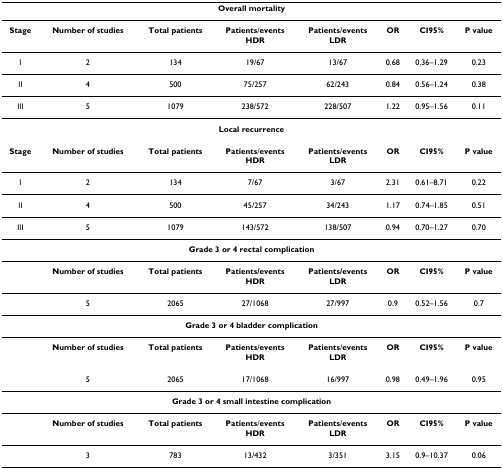
| <COLSPAN=8> Overall mortality |
 | --- | --- | --- | --- | --- | --- | --- | --- |
 | Stage | Number of studies | Total patients | Patients/eventsHDR | Patients/eventsLDR | OR | CI95% | P value |
 | I | 2 | 134 | 19/67 | 13/67 | 0.68 | 0.36–1.29 | 0.23 |
 | II | 4 | 500 | 75/257 | 62/243 | 0.84 | 0.56–1.24 | 0.38 |
 | III | 5 | 1079 | 238/572 | 228/507 | 1.22 | 0.95–1.56 | 0.11 |
 | <COLSPAN=8> Local recurrence |
 | Stage | Number of studies | Total patients | Patients/eventsHDR | Patients/eventsLDR | OR | CI95% | P value |
 | I | 2 | 134 | 7/67 | 3/67 | 2.31 | 0.61–8.71 | 0.22 |
 | II | 4 | 500 | 45/257 | 34/243 | 1.17 | 0.74–1.85 | 0.51 |
 | III | 5 | 1079 | 143/572 | 138/507 | 0.94 | 0.70–1.27 | 0.70 |
 | <COLSPAN=8> Grade 3 or 4 rectal complication |
 |  | Number of studies | Total patients | Patients/eventsHDR | Patients/eventsLDR | OR | CI95% | P value |
 |  | 5 | 2065 | 27/1068 | 27/997 | 0.9 | 0.52–1.56 | 0.7 |
 | <COLSPAN=8> Grade 3 or 4 bladder complication |
 |  | Number of studies | Total patients | Patients/eventsHDR | Patients/eventsLDR | OR | CI95% | P value |
 |  | 5 | 2065 | 17/1068 | 16/997 | 0.98 | 0.49–1.96 | 0.95 |
 | <COLSPAN=8> Grade 3 or 4 small intestine complication |
 |  | Number of studies | Total patients | Patients/eventsHDR | Patients/eventsLDR | OR | CI95% | P value |
 |  | 3 | 783 | 13/432 | 3/351 | 3.15 | 0.9–10.37 | 0.06 |